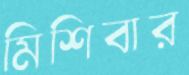
মিশিবার